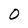
Character: O